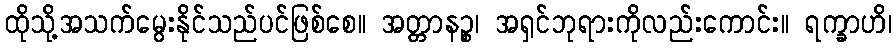
ထိုသို့အသက်မွေးနိုင်သည်ပင်ဖြစ်စေ။ အတ္တာနဉ္စ၊ အရှင်ဘုရားကိုလည်းကောင်း။ ရက္ခာဟိ၊